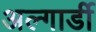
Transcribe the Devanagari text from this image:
अल्गार्डी